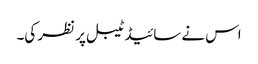
اس نے سائیڈ ٹیبل پر نظر کی۔